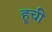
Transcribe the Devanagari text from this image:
हूची